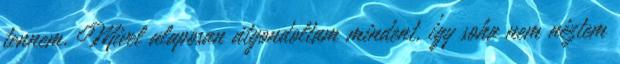
tennem. Mivel alaposan átgondoltam mindent, így soha nem néztem